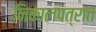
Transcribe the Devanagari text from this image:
निकालपत्रात